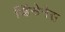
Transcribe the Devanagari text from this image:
व्हिंसेनेस